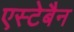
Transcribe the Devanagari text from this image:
एस्टेबैन